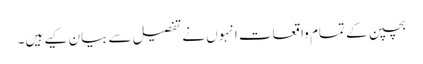
بچپن کے تمام واقعات انہوں نے تفصیل سے بیان کیے ہیں۔